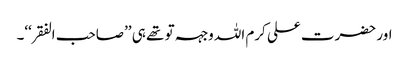
اور حضرت علی کرم اللہ وجہہ تو تھے ہی ’’صاحب الفقر‘‘۔